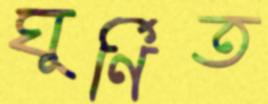
ঘূর্ণিত